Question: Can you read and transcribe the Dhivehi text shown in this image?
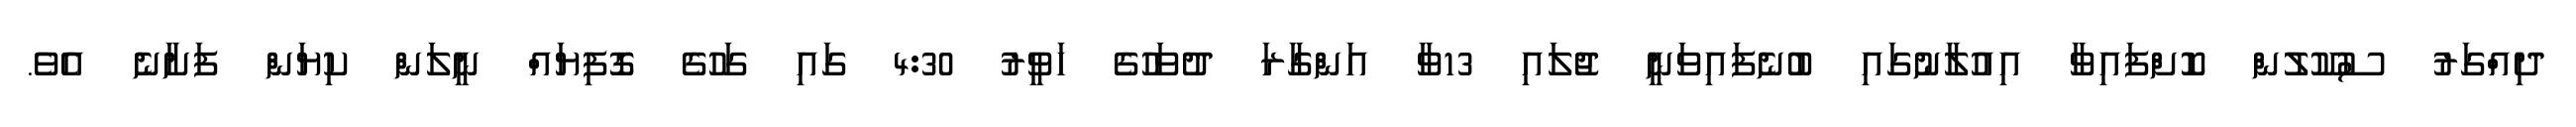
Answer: ދިއްގަރު ސުކޫލުން ކޮށްފައިވާ އިއުލާނުގައި ބުނެފައިވަނީ ޖުލައި 13ވާ އަންގާރަ ދުވަހުގެ ހަވީރު 4:30 ގައި ގަހުގެ ގޮފިޔައް ނީލަން ކިޔަން ފަށާނެ އެވެ.